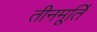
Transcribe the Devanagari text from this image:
तीनमूर्ति